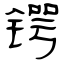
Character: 锷